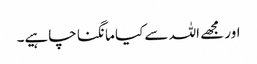
اور مجھے اللہ سے کیا مانگنا چاہیے۔